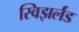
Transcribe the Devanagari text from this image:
स्विझर्लंड